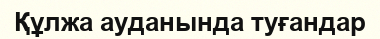
Құлжа ауданында туғандар